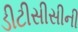
ડીટીસીસીની